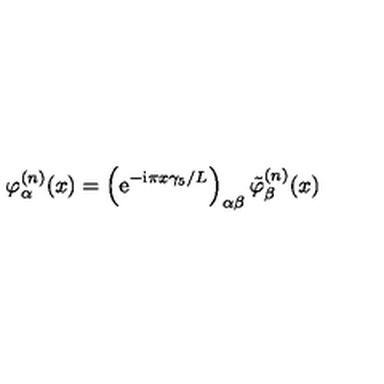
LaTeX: \varphi _ { \alpha } ^ { ( n ) } ( x ) = \left( \mathrm { e } ^ { - \mathrm { i } \pi x \gamma _ { 5 } / L } \right) _ { \alpha \beta } \tilde { \varphi } _ { \beta } ^ { ( n ) } ( x )